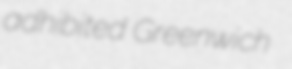
adhibited Greenwich